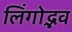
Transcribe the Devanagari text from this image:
लिंगोद्भव